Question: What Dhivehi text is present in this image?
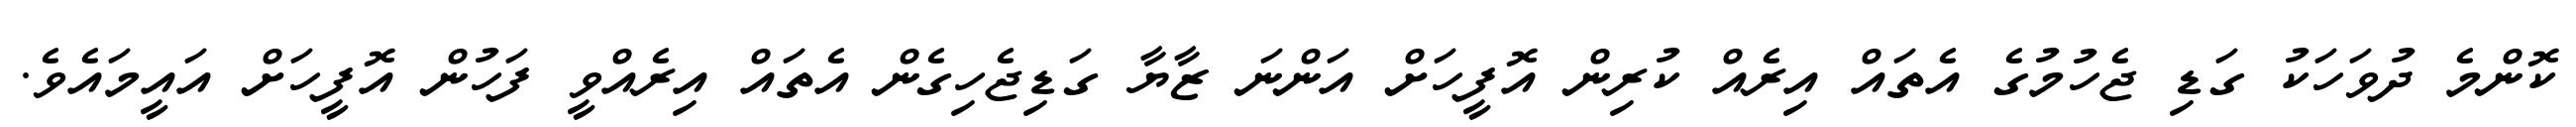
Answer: ކޮންމެ ދުވަހަކު ގަޑި ޖެހުމުގެ އެތައް އިރެއް ކުރިން އޮފީހަށް އަންނަ ޒާޔާ ގަޑިޖެހިގެން އެތައް އިރެއްވީ ފަހުން އޮފީހަށް އައީމައެވެ.